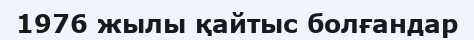
1976 жылы қайтыс болғандар